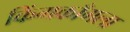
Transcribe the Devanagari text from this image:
किंगकाँगला